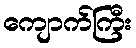
ကျောက်ကြီး